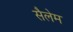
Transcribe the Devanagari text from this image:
सैलेम